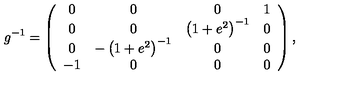
g ^ { - 1 } = \left( \begin{array} { c c c c } { 0 } & { 0 } & { 0 } & { 1 } \\ { 0 } & { 0 } & { \left( 1 + e ^ { 2 } \right) ^ { - 1 } } & { 0 } \\ { 0 } & { - \left( 1 + e ^ { 2 } \right) ^ { - 1 } } & { 0 } & { 0 } \\ { - 1 } & { 0 } & { 0 } & { 0 } \\ \end{array} \right) ,